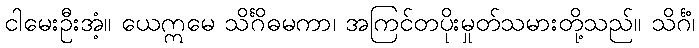
ငါမေးဦးအံ့။ ယေဣမေ သိင်္ဂိဓမကာ၊ အကြင်တပိုးမှုတ်သမားတို့သည်။ သိင်္ဂံ၊